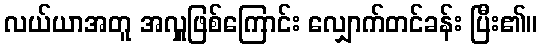
လယ်ယာအတူ အလှူဖြစ်ကြောင်း လျှောက်တင်ခန်း ပြီး၏။